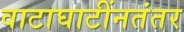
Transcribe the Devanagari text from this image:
वाटाघाटींनतंतर